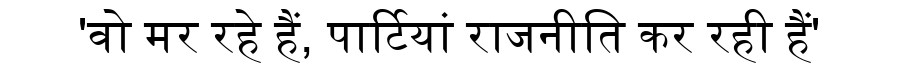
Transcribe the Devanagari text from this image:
'वो मर रहे हैं, पार्टियां राजनीति कर रही हैं'